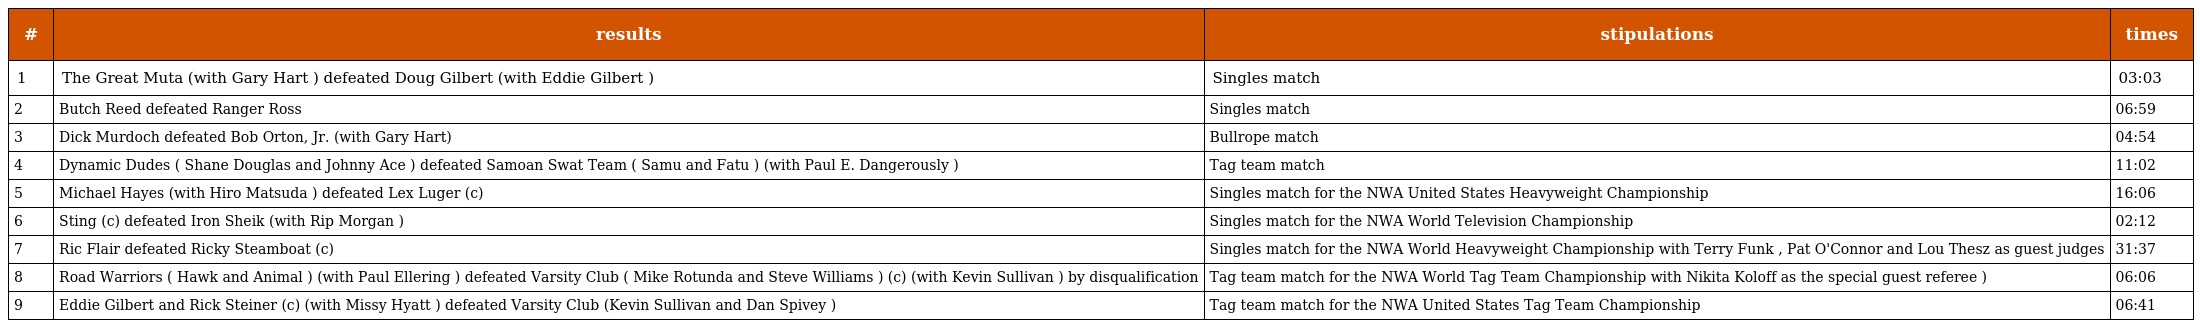
| # | results | stipulations | times |
 | --- | --- | --- | --- |
 | 1 | The Great Muta (with Gary Hart ) defeated Doug Gilbert (with Eddie Gilbert ) | Singles match | 03:03 |
 | 2 | Butch Reed defeated Ranger Ross | Singles match | 06:59 |
 | 3 | Dick Murdoch defeated Bob Orton, Jr. (with Gary Hart) | Bullrope match | 04:54 |
 | 4 | Dynamic Dudes ( Shane Douglas and Johnny Ace ) defeated Samoan Swat Team ( Samu and Fatu ) (with Paul E. Dangerously ) | Tag team match | 11:02 |
 | 5 | Michael Hayes (with Hiro Matsuda ) defeated Lex Luger (c) | Singles match for the NWA United States Heavyweight Championship | 16:06 |
 | 6 | Sting (c) defeated Iron Sheik (with Rip Morgan ) | Singles match for the NWA World Television Championship | 02:12 |
 | 7 | Ric Flair defeated Ricky Steamboat (c) | Singles match for the NWA World Heavyweight Championship with Terry Funk , Pat O'Connor and Lou Thesz as guest judges | 31:37 |
 | 8 | Road Warriors ( Hawk and Animal ) (with Paul Ellering ) defeated Varsity Club ( Mike Rotunda and Steve Williams ) (c) (with Kevin Sullivan ) by disqualification | Tag team match for the NWA World Tag Team Championship with Nikita Koloff as the special guest referee ) | 06:06 |
 | 9 | Eddie Gilbert and Rick Steiner (c) (with Missy Hyatt ) defeated Varsity Club (Kevin Sullivan and Dan Spivey ) | Tag team match for the NWA United States Tag Team Championship | 06:41 |